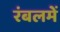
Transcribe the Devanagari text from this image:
रंबलमें